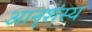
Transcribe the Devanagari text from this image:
आनृशंस्य